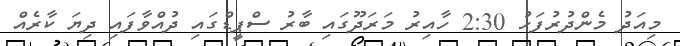
މިއަދު މެންދުރުފަހު 2:30 ހާއިރު މަރަދޫގައި ބާރު ސްޕީޑްގައި ދުއްވާފައި ދިޔަ ކާރެއް